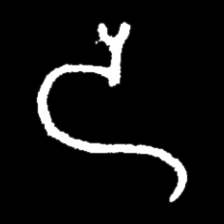
Pyu character \u2014 Myanmar letter: ဒ (romanized: da)